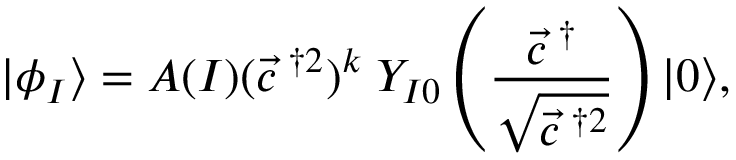
\vert \phi _ { I } \rangle = A ( I ) ( \vec { c } ^ { \; \dagger 2 } ) ^ { k } \; Y _ { I 0 } \left( \frac { \vec { c } ^ { \; \dagger } } { \sqrt { \vec { c } ^ { \; \dagger 2 } } } \right) \vert 0 \rangle ,